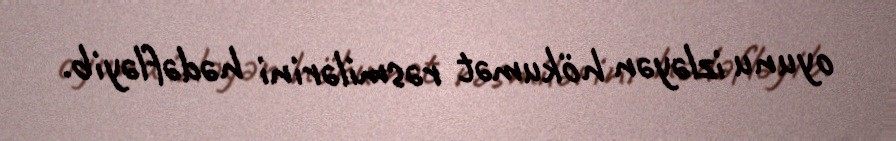
oyunu izləyən hökumət rəsmilərini hədəfləyib.